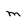
Character: m